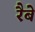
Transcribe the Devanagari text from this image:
रैबे